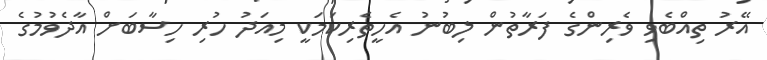
އޭރު ތިއްބެވި ވެރިންގެ ފަރާތުން ލިބުނު އެހީތެރިކަމަކީ މިއަދު ހުރި ހިސާބަށް އާދެވުމުގެ